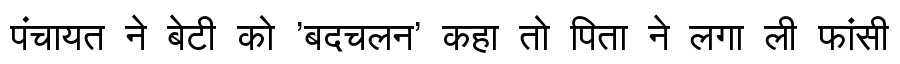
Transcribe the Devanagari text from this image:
पंचायत ने बेटी को 'बदचलन' कहा तो पिता ने लगा ली फांसी